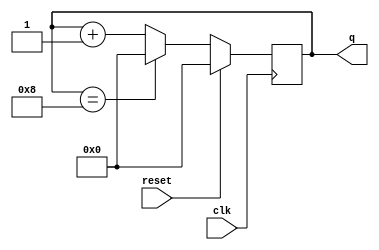
module modNcounter(
				output reg [SIZE:0]q,
				input clk,reset);
parameter N=9;
parameter SIZE=4;
always @(posedge clk)
begin
	if(reset)
		q<=0;
	else if(q==N-1)
		q<=0;
	else
		q<=q+1;
end
endmodule